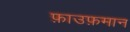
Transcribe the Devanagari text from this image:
फ़ाउफ़मान